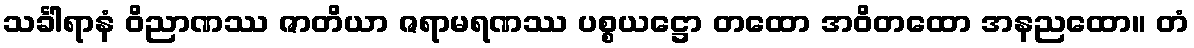
သင်္ခါရာနံ ဝိညာဏဿ ဇာတိယာ ဇရာမရဏဿ ပစ္စယဋ္ဌော တထော အဝိတထော အနညထော။ တံ